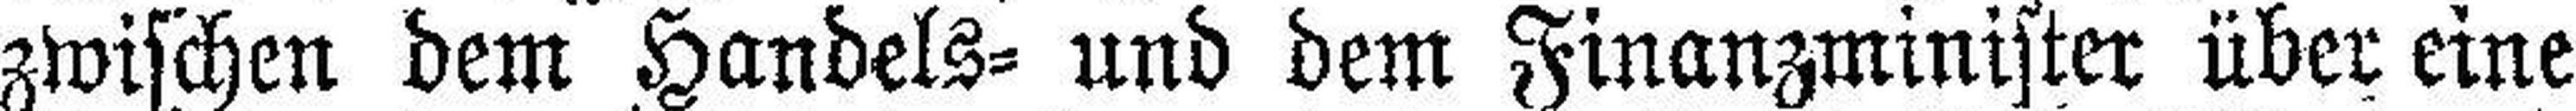
zwischen dem Handels= und dem Finanzminister über eine